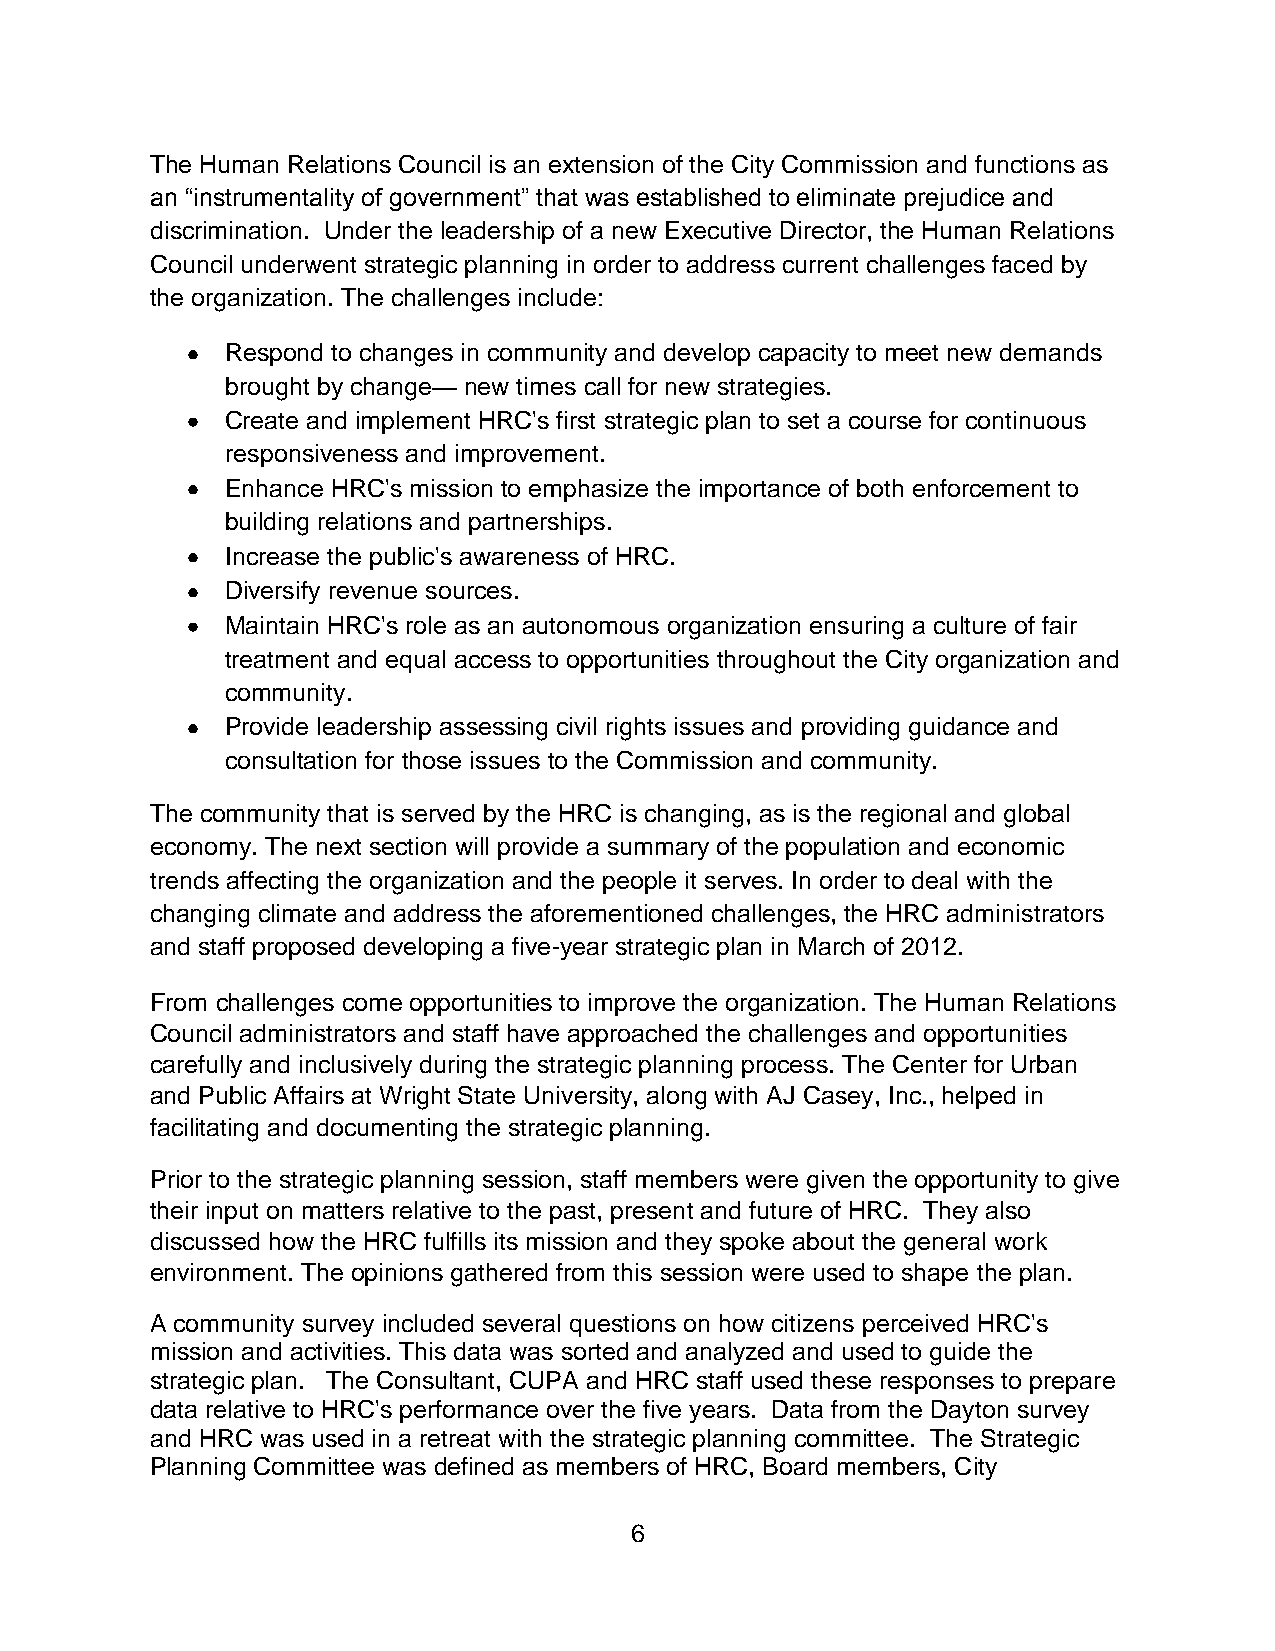
The Human Relations Council is an extension of the City Commission and functions as
 an “instrumentality of government” that was established to eliminate prejudice and
 discrimination. Under the leadership of a new Executive Director, the Human Relations
 Council underwent strategic planning in order to address current challenges faced by
 the organization. The challenges include:
 Respond to changes in community and develop capacity to meet new demands
 brought by change— new times call for new strategies.
 Create and implement HRC's first strategic plan to set a course for continuous
 responsiveness and improvement.
 Enhance HRC's mission to emphasize the importance of both enforcement to
 building relations and partnerships.
 Increase the public's awareness of HRC.
 Diversify revenue sources.
 Maintain HRC's role as an autonomous organization ensuring a culture of fair
 treatment and equal access to opportunities throughout the City organization and
 community.
 Provide leadership assessing civil rights issues and providing guidance and
 consultation for those issues to the Commission and community.
 The community that is served by the HRC is changing, as is the regional and global
 economy. The next section will provide a summary of the population and economic
 trends affecting the organization and the people it serves. In order to deal with the
 changing climate and address the aforementioned challenges, the HRC administrators
 and staff proposed developing a five-year strategic plan in March of 2012.
 From challenges come opportunities to improve the organization. The Human Relations
 Council administrators and staff have approached the challenges and opportunities
 carefully and inclusively during the strategic planning process. The Center for Urban
 and Public Affairs at Wright State University, along with AJ Casey, Inc., helped in
 facilitating and documenting the strategic planning.
 Prior to the strategic planning session, staff members were given the opportunity to give
 their input on matters relative to the past, present and future of HRC. They also
 discussed how the HRC fulfills its mission and they spoke about the general work
 environment. The opinions gathered from this session were used to shape the plan.
 A community survey included several questions on how citizens perceived HRC's
 mission and activities. This data was sorted and analyzed and used to guide the
 strategic plan. The Consultant, CUPA and HRC staff used these responses to prepare
 data relative to HRC's performance over the five years. Data from the Dayton survey
 and HRC was used in a retreat with the strategic planning committee. The Strategic
 Planning Committee was defined as members of HRC, Board members, City
 6